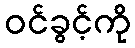
ဝင်ခွင့်ကို